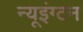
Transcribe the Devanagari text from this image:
न्यूइंग्टन